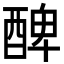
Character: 𨡕